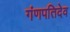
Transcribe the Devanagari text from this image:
गंणपतिदेव